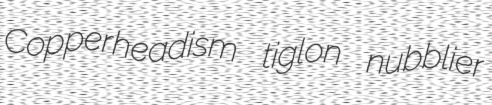
Copperheadism tiglon nubblier